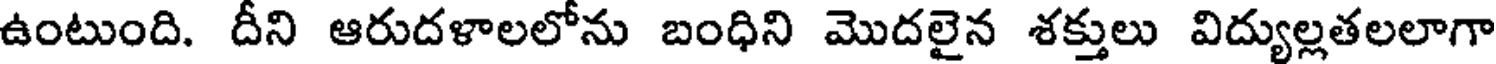
ఉంటుంది. దీని ఆరుదళాలలోను బంధిని మొదలైన శక్తులు విద్యుల్లతలలాగా